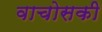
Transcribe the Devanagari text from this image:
वाचोसकी